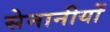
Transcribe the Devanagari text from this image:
सेनानीयों